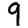
Digit: 9